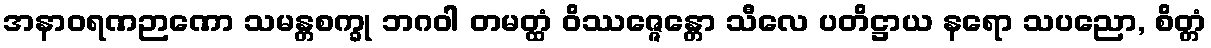
အနာဝရဏဉာဏော သမန္တစက္ခု ဘဂဝါ တမတ္ထံ ဝိဿဇ္ဇေန္တော သီလေ ပတိဋ္ဌာယ နရော သပညော, စိတ္တံ